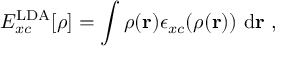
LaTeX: E _ { x c } ^ { \mathrm { L D A } } [ \rho ] = \int \rho ( \mathbf { r } ) \epsilon _ { x c } ( \rho ( \mathbf { r } ) ) \ \mathrm { d } \mathbf { r } \ ,